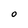
Character: O